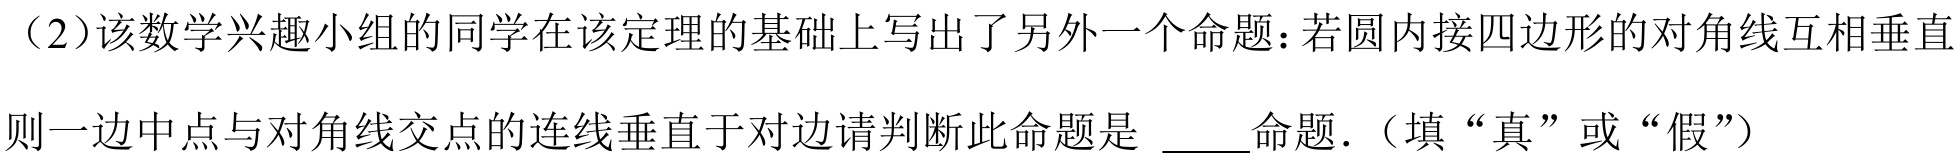
（2）该数学兴趣小组的同学在该定理的基础上写出了另外一个命题：若圆内接四边形的对角线互相垂直，则一边中点与对角线交点的连线垂直于对边请判断此命题是 \_\_\_命题.（填“真”或“假”）